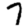
Digit: 7